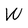
Character: W